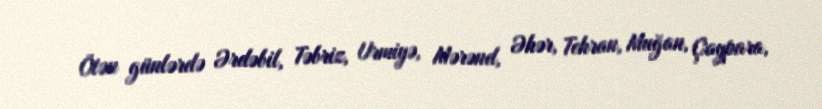
Ötən günlərdə Ərdəbil, Təbriz, Urmiyə, Mərənd, Əhər, Tehran, Muğan, Çaypara,